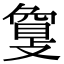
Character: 𢿌